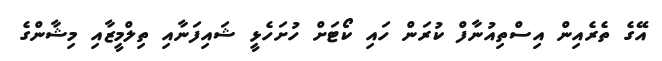
އޭގެ ތެރެއިން އިސްތިއުނާފް ކުރަން ހައި ކޯޓަށް ހުށަހެޅީ ޝައިފަނާއި ތިލްމީޒާއި މިޝާންގެ